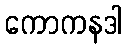
ကောကနဒါ